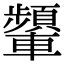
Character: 𨏞